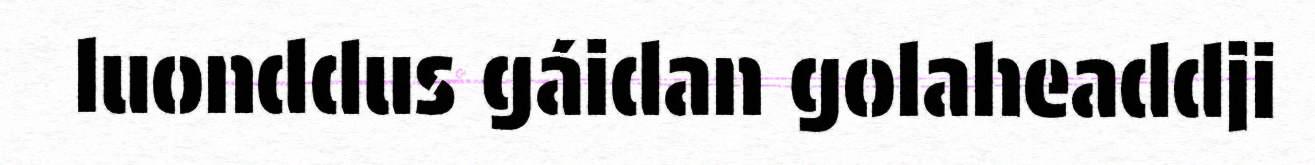
luonddus gáidan golaheaddji